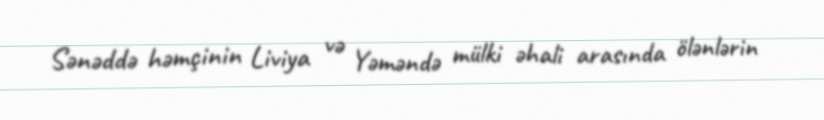
Sənəddə həmçinin Liviya və Yəməndə mülki əhali arasında ölənlərin